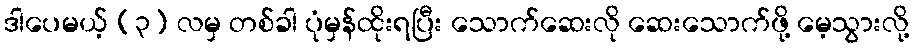
ဒါပေမယ့် (၃) လမှ တစ်ခါ ပုံမှန်ထိုးရပြီး သောက်ဆေးလို ဆေးသောက်ဖို့ မေ့သွားလို့